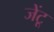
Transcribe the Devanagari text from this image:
जेंटू